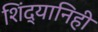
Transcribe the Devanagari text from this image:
शिंद्यानिही